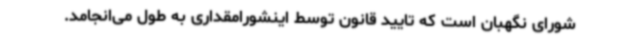
شورای نگهبان است که تایید قانون توسط اینشورامقداری به طول می‌انجامد.